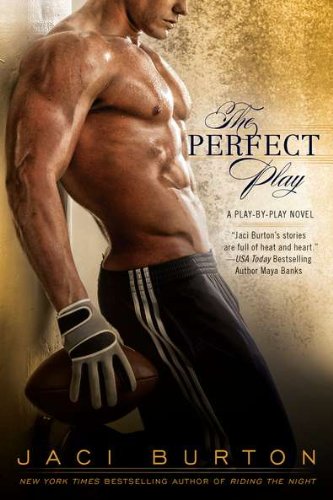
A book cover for The Perfect Play (A Play-by-Play Novel); Jaci Burton; Romance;